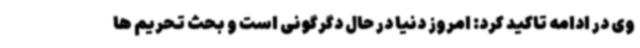
وی در ادامه تاکید کرد: امروز دنیا در حال دگرگونی است و بحث تحریم ها